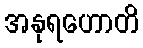
အနုရဟောတိ